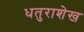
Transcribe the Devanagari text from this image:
धतुराशेख